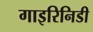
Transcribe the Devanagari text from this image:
गाइरिनिडी